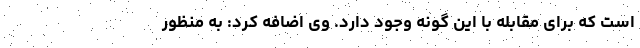
است که برای مقابله با این گونه وجود دارد. وی اضافه کرد: به منظور